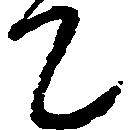
て